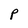
Character: P